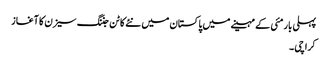
پہلی بار مئی کے مہینے میں پاکستان میں نئے کاٹن جننگ سیزن کا آغاز
کراچی ۔